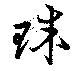
珠